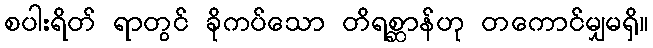
စပါးရိတ် ရာတွင် ခိုကပ်သော တိရစ္ဆာန်ဟု တကောင်မျှမရှိ။